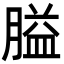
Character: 膉